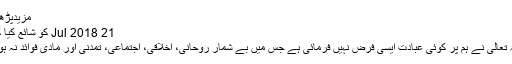
مزیدپڑھیں
21 Jul 2018 کو شائع کیا گیا
اللہ تعالیٰ نے ہم پر کوئی عبادت ایسی فرض نہیں فرمائی ہے جس میں بے شمار روحانی، اخلاقی، اجتماعی، تمدنی اور مادی فوائد نہ ہوں۔